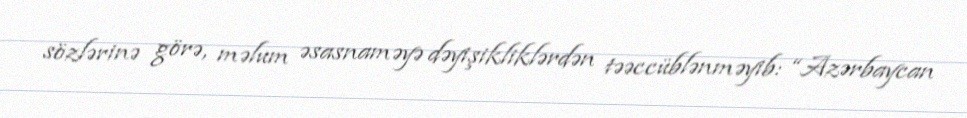
sözlərinə görə, məlum əsasnaməyə dəyişikliklərdən təəccüblənməyib: “Azərbaycan